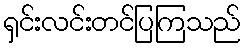
ရှင်းလင်းတင်ပြကြသည်